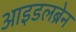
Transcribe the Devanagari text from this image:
आइडलब्रेन